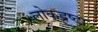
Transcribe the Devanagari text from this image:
लोकद्रष्टा